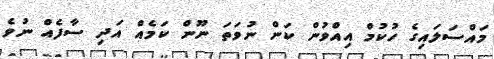
މައްސަލައިގެ ހުކުމް އިއްވުން ކަން ނުވަތަ ނޫން ކަމެއް އަދި ސާފެއް ނުވެ